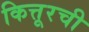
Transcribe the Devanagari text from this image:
कित्तूरची